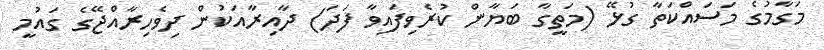
މަގާމުގެ މަސައްކަތާ ގުޅޭ (މަތީގާ ބަޔާން ކުރެވިފައިވާ ފަދަ) ދާއިރާއަކުން ދިވެހިރާއްޖޭގެ ގައުމީ